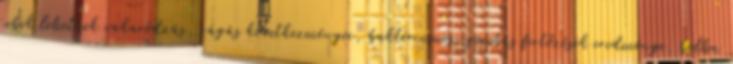
sebek lehetnek vakaródzás, rágás következményei, baktériumos-gombás fertőzések eredménye, bolha